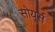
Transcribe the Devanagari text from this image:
सोयूर्स